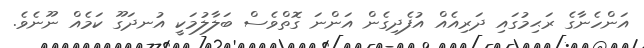
އަންހެނާގެ ރަޙިމުގައި ދަރިއެއް އުފެދިގެން އަންނަ ގޮތްވެސް ބަލާލުމަކީ އުނދަގޫ ކަމެއް ނޫނެވެ.